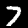
Label: 7